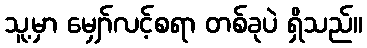
သူ့မှာ မျှော်လင့်စရာ တစ်ခုပဲ ရှိသည်။